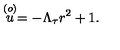
\stackrel { ( o ) } { u } = - \Lambda _ { \tau } r ^ { 2 } + 1 .